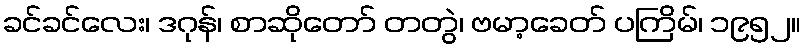
ခင်ခင်လေး၊ ဒဂုန်၊ စာဆိုတော် တတွဲ၊ ဗမာ့ခေတ် ပကြိမ်၊ ၁၉၅၂။